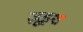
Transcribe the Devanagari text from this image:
ज़ूइश